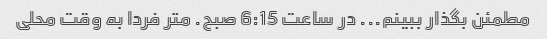
مطمئن بگذار ببینم... در ساعت 6:15 صبح. متر فردا به وقت محلی